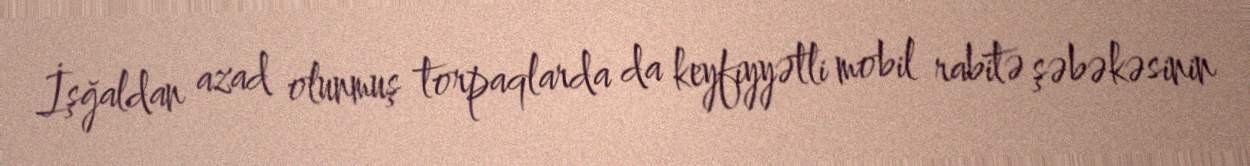
İşğaldan azad olunmuş torpaqlarda da keyfiyyətli mobil rabitə şəbəkəsinin